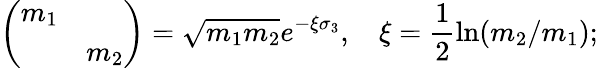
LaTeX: \left(\begin{array}{cc}{{m_{1}}}&{{}}\\ {{}}&{{m_{2}}}\end{array}\right)=\sqrt{m_{1}m_{2}}e^{-\xi\sigma_{3}},\mathrm{~}\, \, \, \, \xi=\frac{1}{2}\ln(m_{2}/m_{1});